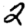
Digit: 2